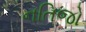
નતિજો